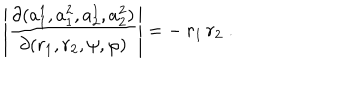
\left| \frac { \partial ( a _ { 1 } ^ { 1 } , a _ { 1 } ^ { 2 } , a _ { 2 } ^ { 1 } , a _ { 2 } ^ { 2 } ) } { \partial ( r _ { 1 } , r _ { 2 } , \psi , \varphi ) } \right| = - \: r _ { 1 } \, r _ { 2 } \; .